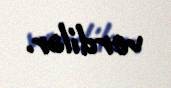
verdilər.